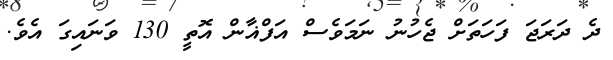
ދެ ދަރަޖަ ފަހަތަށް ޖެހުނު ނަމަވެސް އަފްޣާން އޮތީ 130 ވަނައިގަ އެވެ.